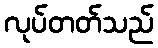
လုပ်တတ်သည်